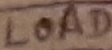
Text: LOAD